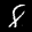
Label: 8